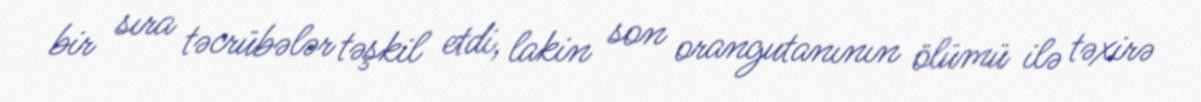
bir sıra təcrübələr təşkil etdi, lakin son orangutanının ölümü ilə təxirə